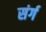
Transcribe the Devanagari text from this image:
संर्ग